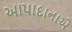
આપાદાનાએ